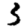
Digit: 3